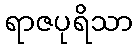
ရာဇပုရိသာ